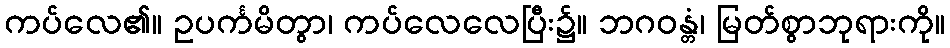
ကပ်လေ၏။ ဥပင်္ကမိတွာ၊ ကပ်လေလေပြီး၌။ ဘဂဝန္တံ၊ မြတ်စွာဘုရားကို။